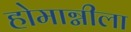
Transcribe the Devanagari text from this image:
होमाग्नीला